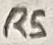
Text: R5